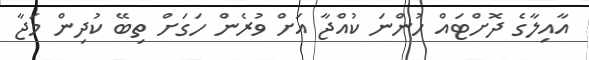
އާއިލާގެ ދޮށްޓައް ހުންނަ ކުއްޖާ އަށް ވުރެން ހަގަށް ތިބޭ ކުދިން މަޖާ